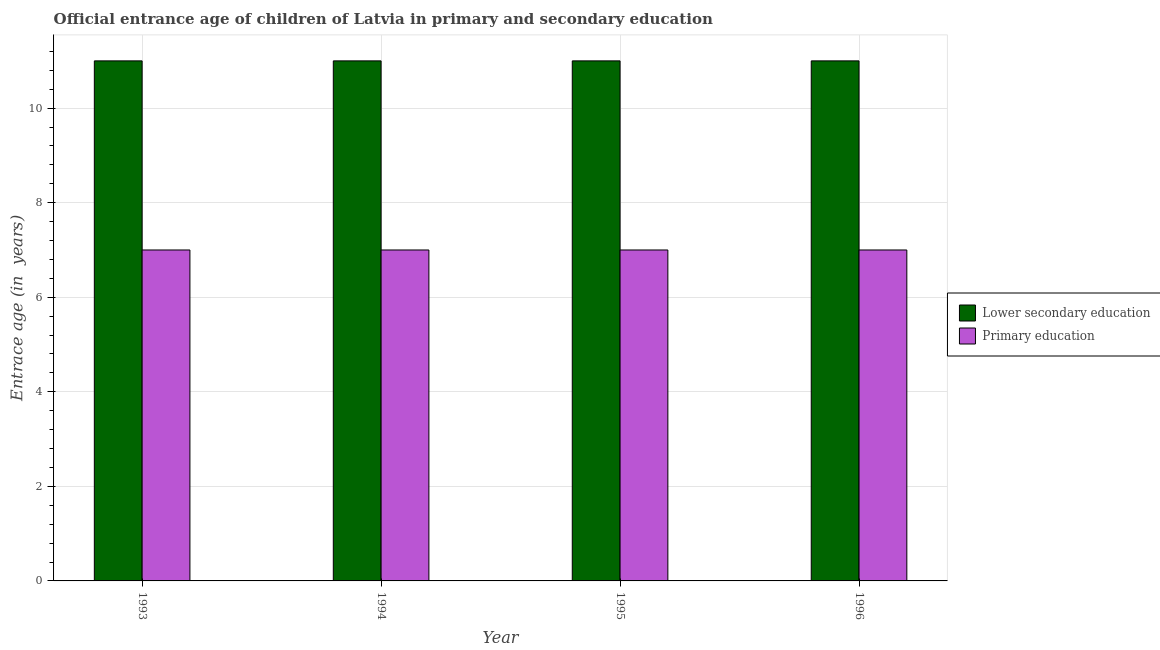
| Year | Lower secondary education | Primary education |
 | --- | --- | --- |
 | 1993 | 11 | 7 |
 | 1994 | 11 | 7 |
 | 1995 | 11 | 7 |
 | 1996 | 11 | 7 |